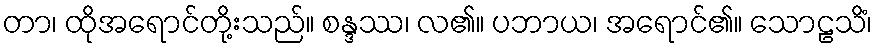
တာ၊ ထိုအရောင်တို့းသည်။ စန္ဒဿ၊ လ၏။ ပဘာယ၊ အရောင်၏။ သောဠသိံ၊